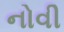
નોવી